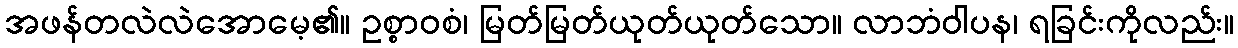
အဖန်တလဲလဲအောမေ့၏။ ဥစ္စာဝစံ၊ မြတ်မြတ်ယုတ်ယုတ်သော။ လာဘံဝါပန၊ ရခြင်းကိုလည်း။